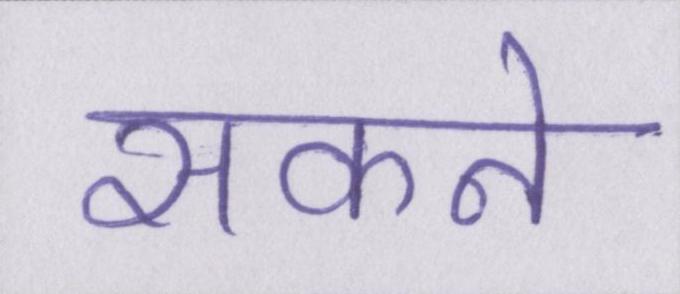
सकने